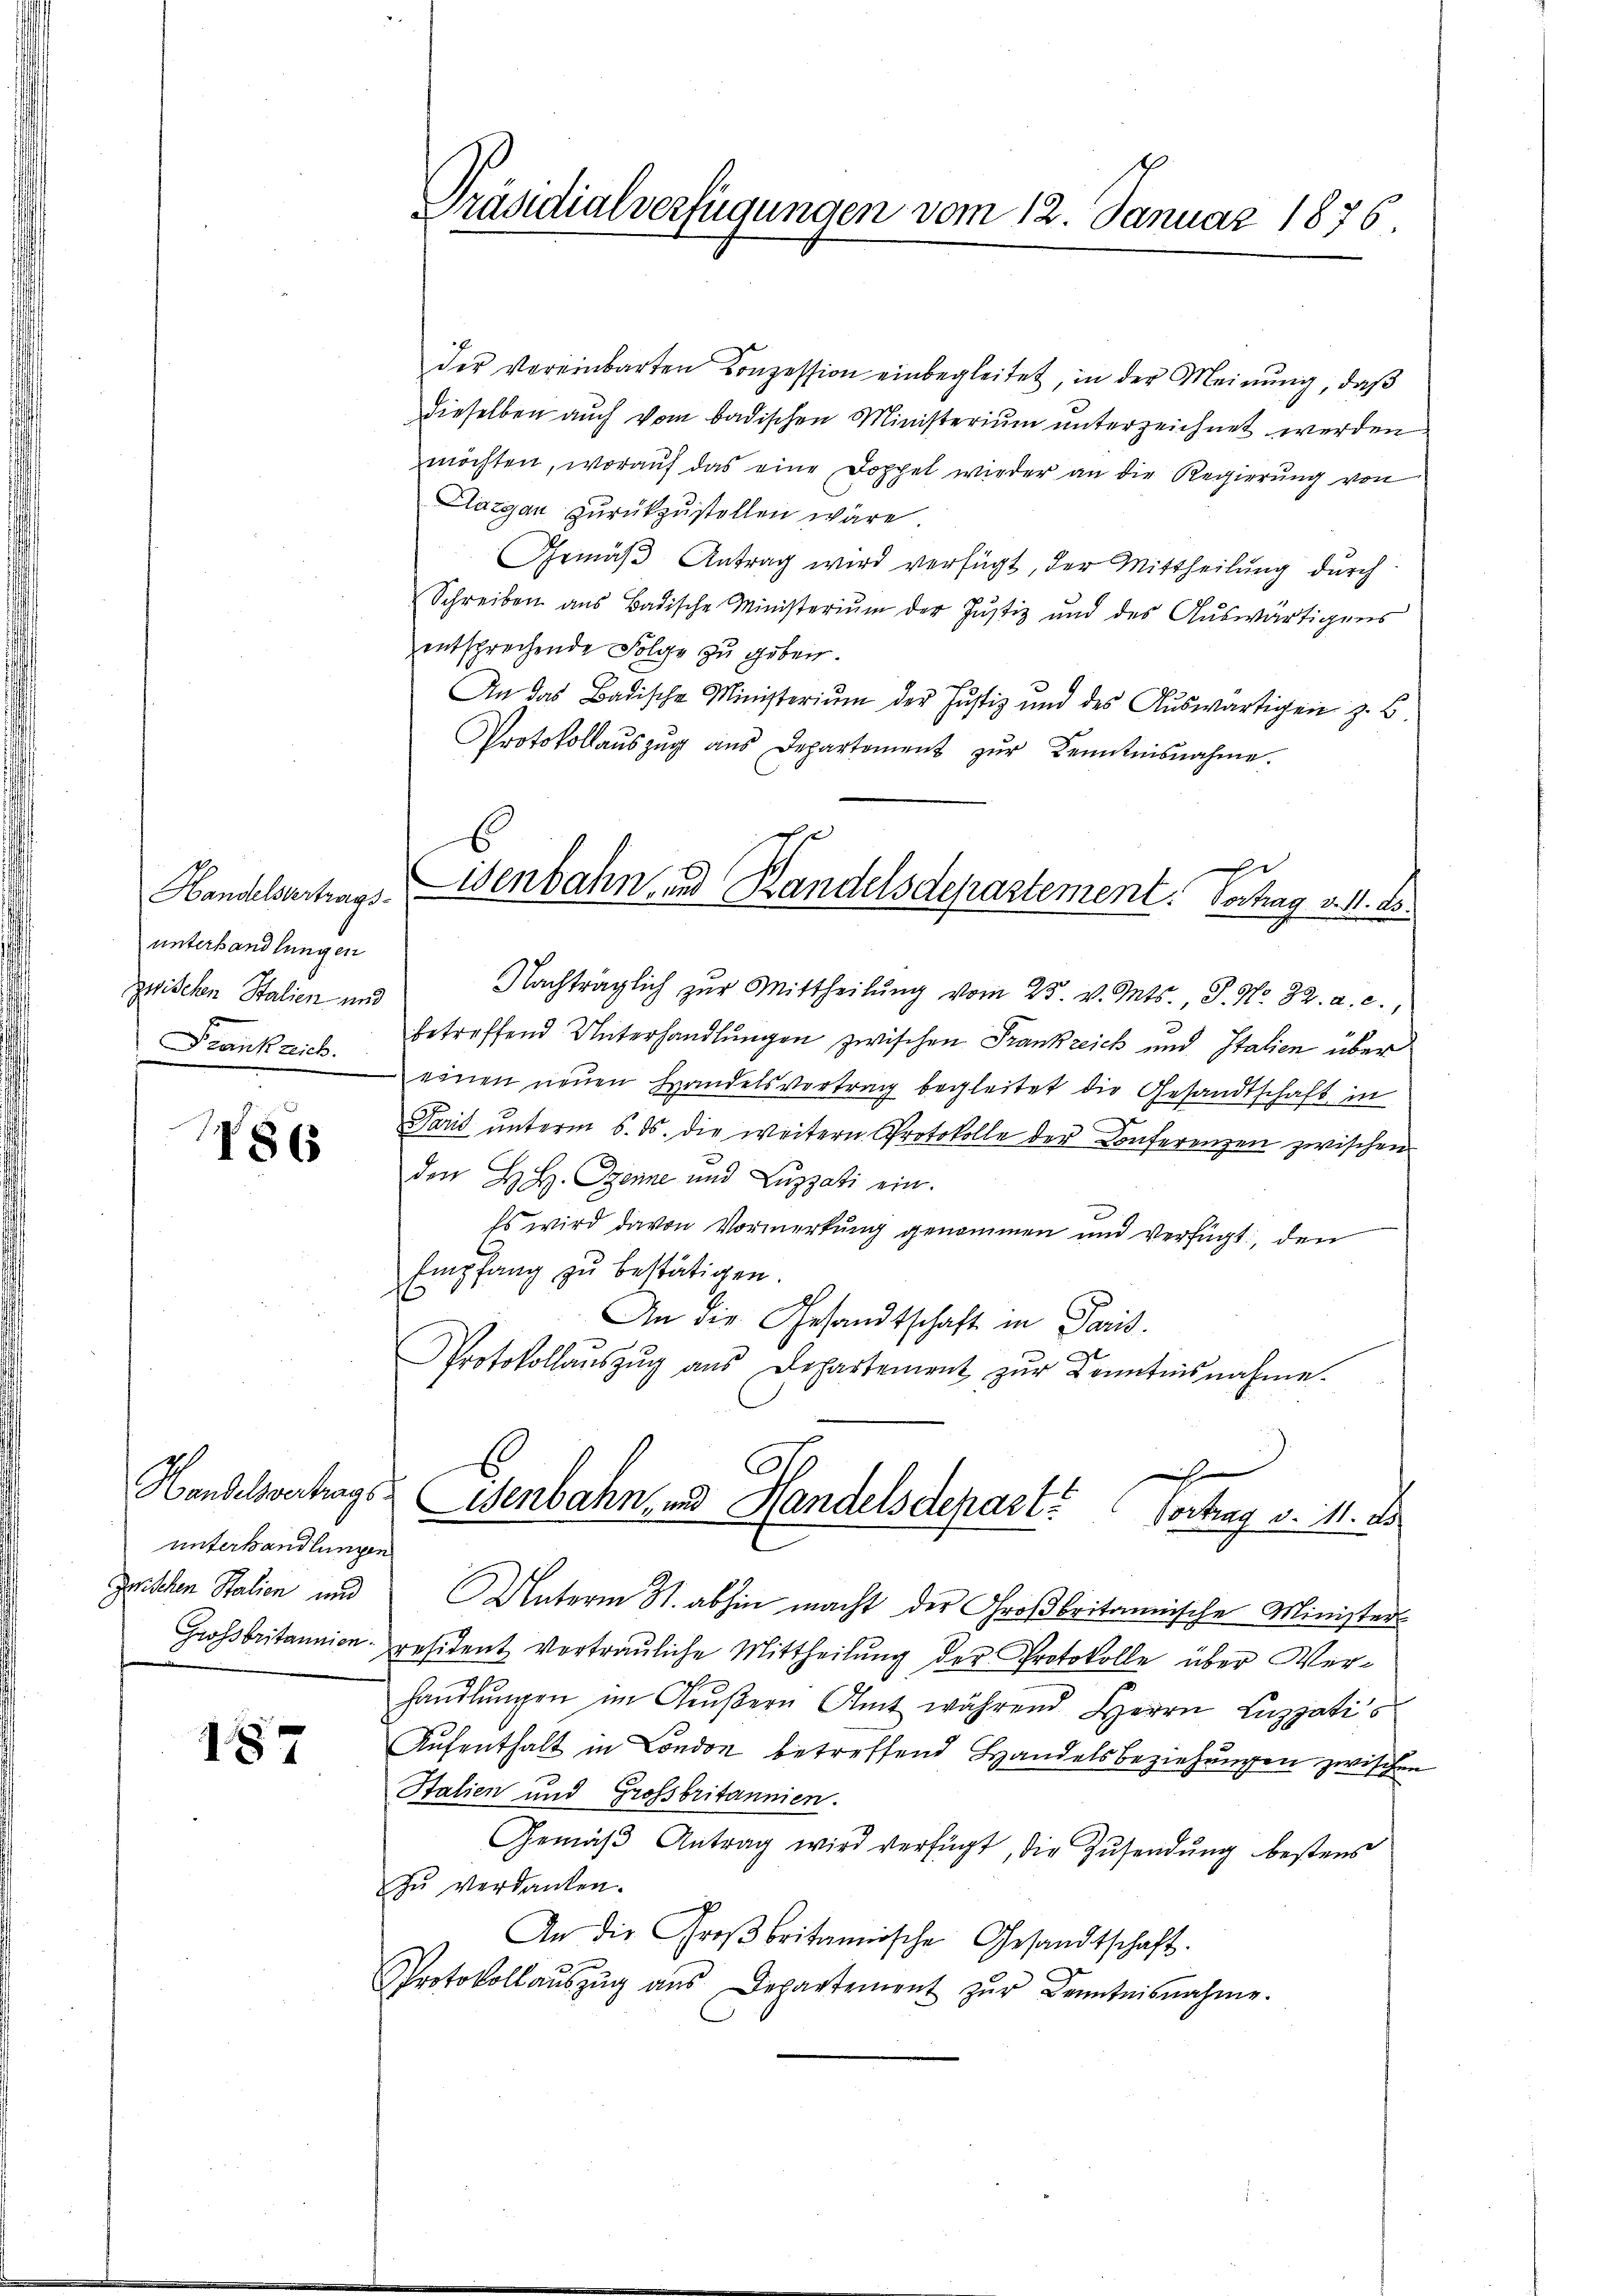
Handelsvertrags-
unterhandlungen
zwischen Stalien und
Frankrich.

1863

der Vereinbarten Konzession einbegleitet, in der Meinung, daß
dieselben auch vom badischen Ministerium unterzeichnet werden
möchten, woraŭf das eine Doppel wieder an die Regierung von
Dazgan zurückzustellen wäre.
Gemäβ Antrag wird verfügt, der Mittheilung durch
Schreiben ans Badische Ministeriŭm der Justiz und des Aŭswärtigens
entsprechende Folge zu geben.
An das Badische Ministerium der Justiz und des Auswärtigen z. E
Protokollaŭszŭg aŭs Departement zŭr Kenntnisnahme.

unterhandlungen
zerischen Stalien und

187

Präsidialverfügungen vom 12. Januar 1876.

E:
Eisenbahn und Kandelsdepartement. Vortrag v. 11. ds.

Nachträglich zŭr Mittheilŭng vom 25. v. Mts., J. No. 32. a. c.,
betreffend Unterhandlungen zwischen Frankreich und Italien über
einen neuen Handelsvortrag begleitet die Gesandtschaft in
Paris unterm 6. ds. die weitern Protokolle der Conferenzen zwischen
den H. H. Trenne und Luzzati ein.
Es wird davon Vormerkung genommen und verfügt, den
Empfang zu bestätigen.
An die Gesandtschaft in Paris
Protokollaŭszŭg aŭs Departement zŭr Kenntnisnahme.
Unterm St. abhin macht der Großbritannische Ministers
Großbritannien resident vortrauliche Mittheilŭng der Protokolle über Verhandlungen im Grußern Amt während Herrn Luzzati
Aufenthalt in London betreffend Handelsbeziehungen zwischen
Stalien und Grossbritannien.
Gemäβ Antrag wird verfügt, die Zusendung bestens
zŭ verdanken.
An die Großbritannische Gesandtschaft.
Protokollaŭszŭg aŭs Departement zŭr Kenntnisnahme.

c
Handelsvertrags Eisenbahn, und Handelsdepart. Vortrag v. 11. ds